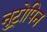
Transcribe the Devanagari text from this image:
नुट्रोपिन